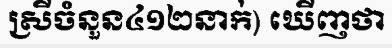
ស្រីចំនួន៤១២នាក់) ឃើញថា